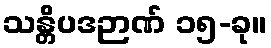
သန္တိပဒဉာဏ် ၁၅-ခု။